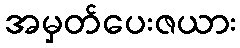
အမှတ်ပေးဇယား